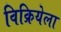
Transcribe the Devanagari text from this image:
विक्रियेला